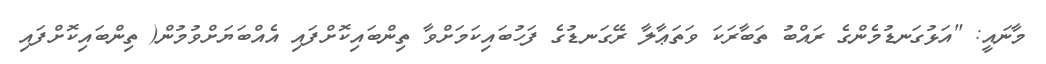
މާނައީ: "އަޅުގަނޑުމެންގެ ރައްބު ތަބާރަކަ ވަތަޢާލާ ރޭގަނޑުގެ ފަހުބައިކަމަށްވާ ތިންބައިކޮށްފައި އެއްބަޔަށްވުމުން( ތިންބައިކޮށްފައި